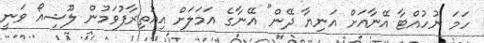
ހަމަ ނުހުއްޓާ އޭނާއަށް އަނިޔާ ދޭން" އޭނާގެ އަމަލަށް އިއުތިރާފުވަމުން ލޫޝިއޯ ވަނީ